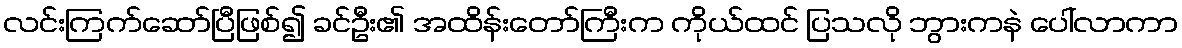
လင်းကြက်ဆော်ပြီဖြစ်၍ ခင်ဦး၏ အထိန်းတော်ကြီးက ကိုယ်ထင် ပြသလို ဘွားကနဲ ပေါ်လာကာ